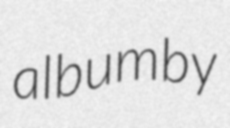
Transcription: album by